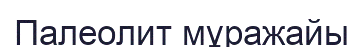
Палеолит мұражайы